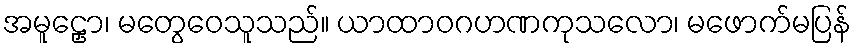
အမူဠှော၊ မတွေဝေသူသည်။ ယာထာဝဂဟဏကုသလော၊ မဖောက်မပြန်